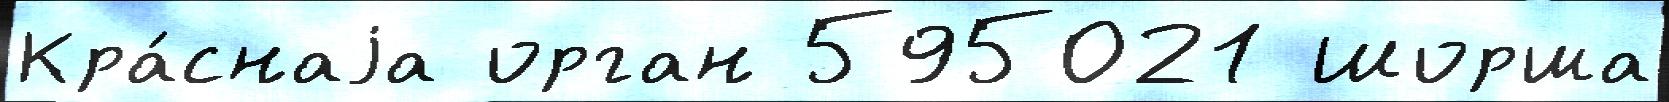
Кра́снаjа орган 595021 Шорша